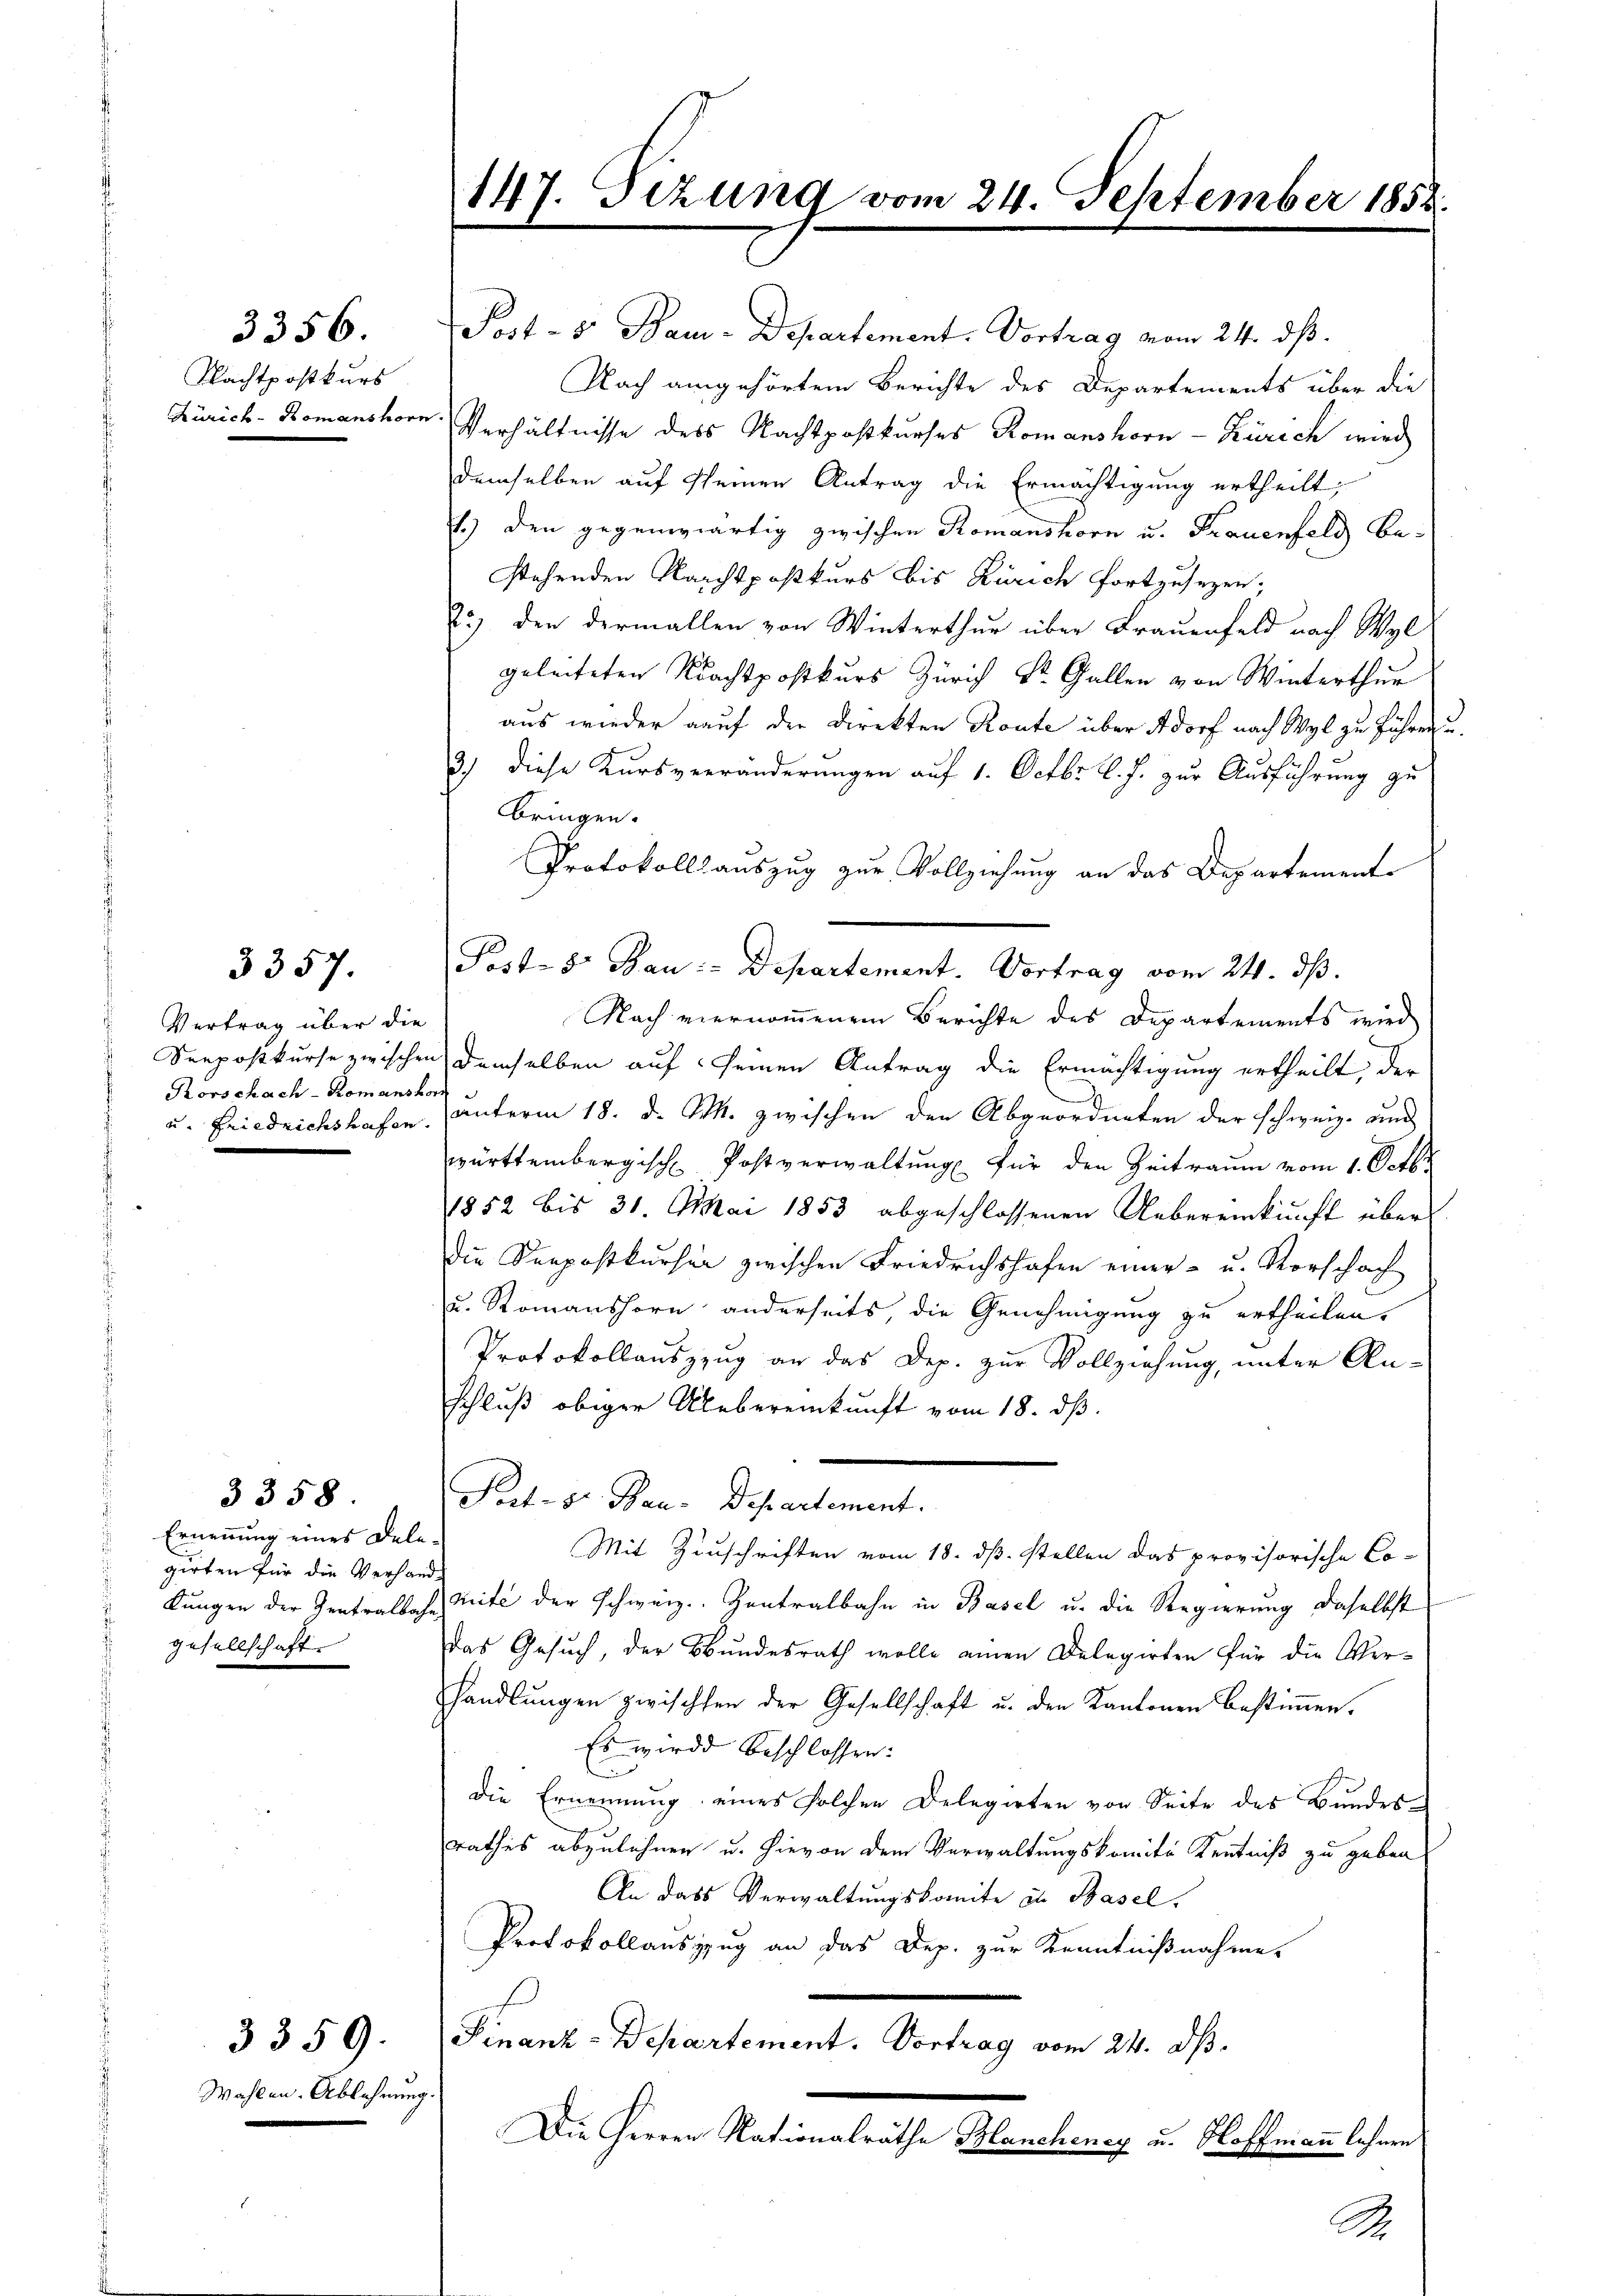
3356.
Nachtpostkurs
Zürich - Romanshor

3357.

Vertrag über die
Seepostkurse zwischen
Rorschach - Romanshor
u. Friedrichshafen.

Ernennung eines Dele-
girten für die Verhandkungen der Zentralbahn
gesellschaft.

3358.

3359.

Wahlen. Ablehnung.

147. Sizung vom 24. September 185.

Post - 5. Bau-Departement. Vortrag vom 24. ds.
Nach eingehörtem Berichte des Departements über die
Verhältnisse des Nachtpostkurses Romanshorn-Zürich wird
demselben auf scheinen Antrag die Ermächtigung ertheilt;
l) den gegenwärtig zwischen Romanshorn u. Frauenfeld be-
stehenden Nachtpostkurs bis Zürich fortzusetzen;
2.) den dermallen von Winterthur über Frauenfeld nach Wyl
geleiteten Nachtpostkurs Zürich St. Gallen von Winterthur
aus wieder auf die Direkten Route über Adorf nach Wyl zu führen
3.) Diese Kursverränderungen auf 1. Octbr. l. J. zur Ausführung zu
bringen.
Protokollsauszug zur Vollziehung an das Departement¬
Post- & Bau-Departement. Vortrag vom 24. ds.
Nach viernommenem Berichte des Departements wird
demselben auf seinen Antrag die Ermächtigung ertheilt, der
unterm 18. d. M. zwischen den Abgeordneten der schweiz. und
württembergisch Postverwaltŭng für den Zeitraum vom 1. Octbr
1852 bis 31. Mai 1853 abgeschlossenen Uebereinkunft über
die Kerpostkurser zwischen Friedrichshofen einer- u. Vorschaf
u. Romanshorn anderseits, die Genehmigung zu ertheilen,
Protokollauszzug an das Dep. zur Vollziehung, unter Anschluß obiger Uebereinkunft vom 18. dβ.
Pert- St. Bau-Departement.
Mit Zuschriften vom 18. ds. stellen das provisorische Comite der schweiz. Zentralbahn in Basel u. die Regierung daselbst
das Gesuch, der Bundesrath wolle einen Delegirten für die Ver-
handlungen zwischen der Gesellschaft u. den Kantonen bestimmen.
Es wird beschlossen:
d
die Ernennung eines solchen Delegirten von Seite des Bundesrathes abzulehnen u. hievon dem Verwaltungskomite Kenntniß zu geben
An dass Verwaltungskomite zu Basel,
Protokollauszzug an das Dep. zur Kenntnißnahme.
f
Finanz-Departement. Vortrag vom 24. ds.
Die Herren Nationalräthe Blanchency u. Hoffmann lehnen

S.